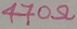
Text: 470Ω